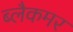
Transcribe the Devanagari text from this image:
ब्लैकमर